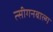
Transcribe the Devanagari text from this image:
त्सीगनबाल्ग